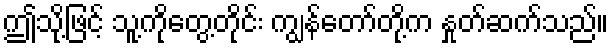
ဤသို့ဖြင့် သူ့ကိုတွေ့တိုင်း ကျွန်တော်တို့က နှုတ်ဆက်သည်။